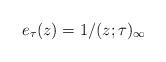
LaTeX: \begin{align*}e_\tau( z) = {1}/{(z;\tau)_{\infty}} \end{align*}